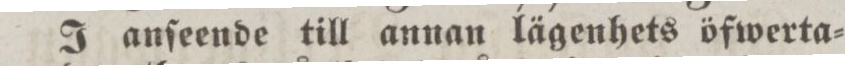
I anſeende till annan lägenhets öfwerta=